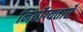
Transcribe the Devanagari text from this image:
निर्योग्यताएँ